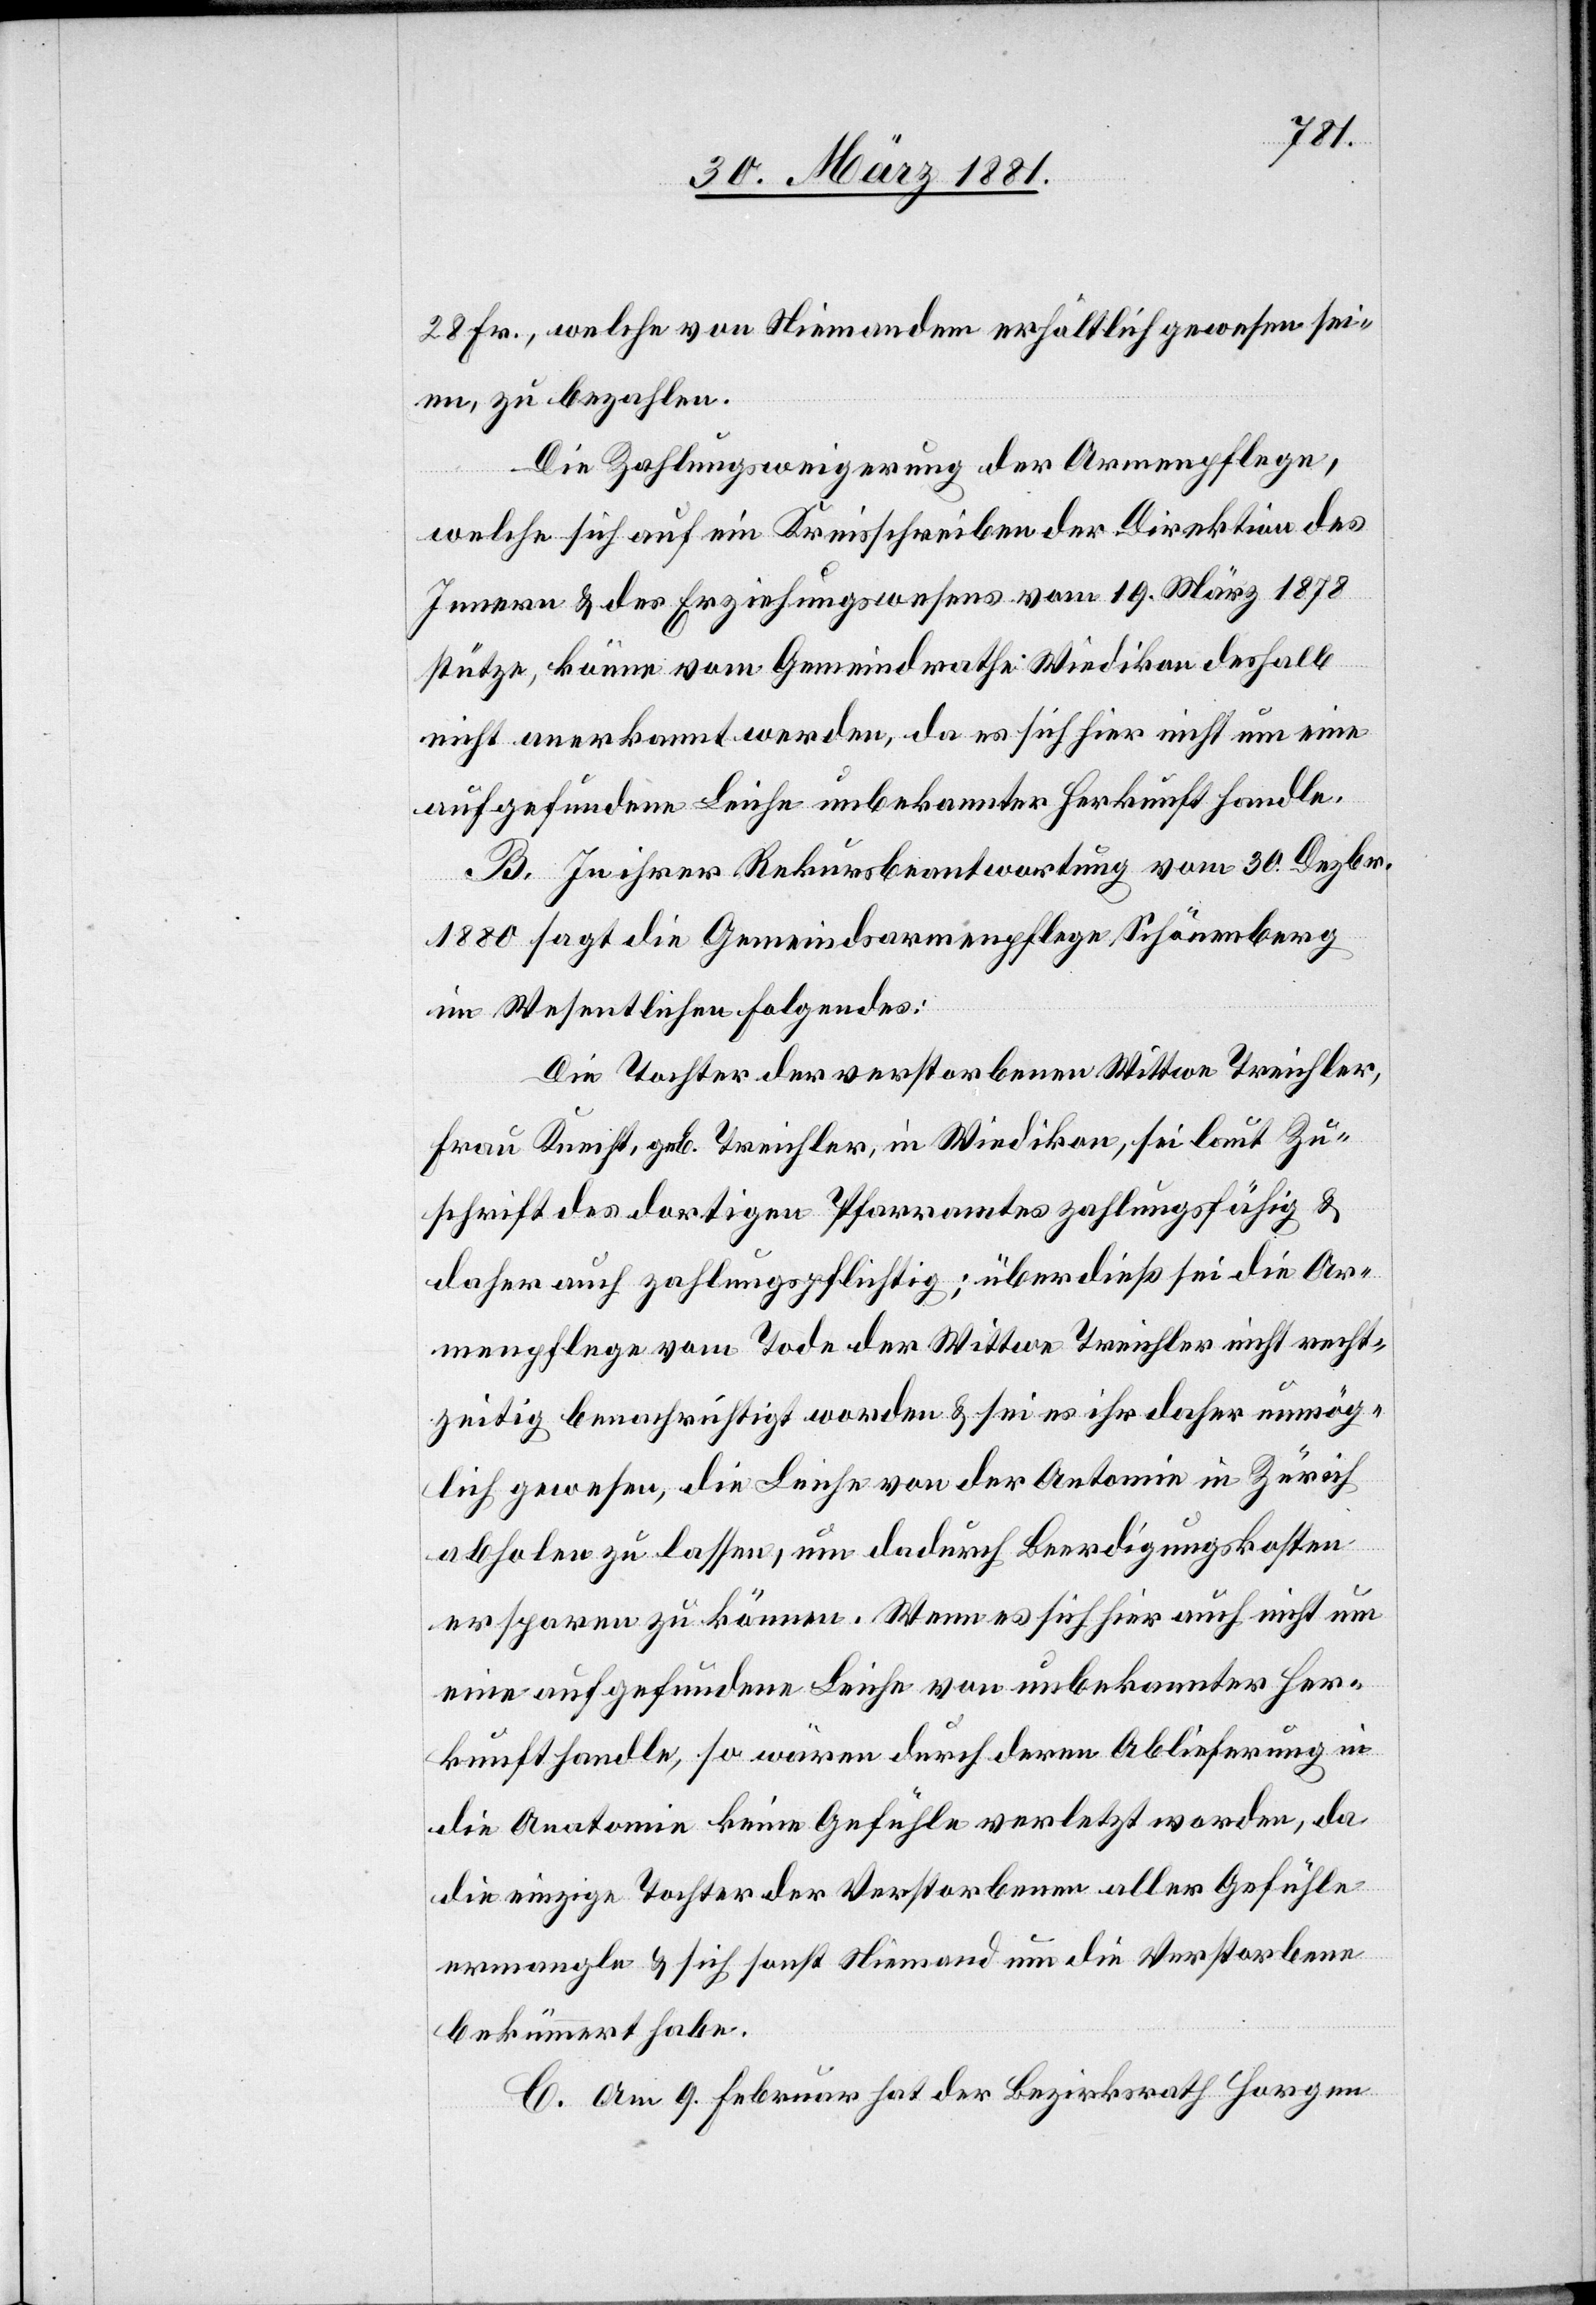
28 Fr., welche von Niemandem erhältlich gewesen sei¬
en, zu bezahlen.
Die Zahlungsverweigerung der Armenpflege,
welche sich auf ein Kreisschreiben der Direktion des
Innern & des Erziehungswesens vom 19. März 1878
stütze, könne vom Gemeindrathe Wiedikon deshalb
nicht anerkannt werden, da es sich hier nicht um eine
aufgefundene Leiche unbekannter Herkunft handle.
B. In ihrer Rekursbeantwortung vom 30. Dezbr.
1880 sagt die Gemeindsarmenpflege Schönenberg
im Wesentlichen Folgendes:
Die Tochter der verstorbenen Wittwe Treichler,
Frau Knecht, geb. Treichler, in Wiedikon, sei laut Zu¬
schrift des dortigen Pfarramtes zahlungsfähig &
daher auch zahlungspflichtig; überdieß sei die Ar¬
menpflege vom Tode der Wittwe Treichler nicht recht¬
zeitig benachrichtigt worden & sei es ihr daher unmög¬
lich gewesen, die Leiche von der An[a]tomie in Zürich
abholen zu lassen, um dadurch Begräbnißkosten
ersparen zu können. Wenn es sich hier auch nicht um
eine aufgefundene Leiche von unbekannter Her¬
kunft handle, so wären durch deren Ablieferung in
die Anatomie keine Gefühle verletzt worden, da
die einzige Tochter der Verstorbenen aller Gefühle
ermangle & sich sonst Niemand um die Verstorbene
bekümmert habe.
C. Am 9. Februar hat der Bezirksrath Horgen